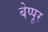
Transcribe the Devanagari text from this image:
बेप्पूर